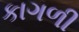
કાગળી